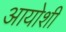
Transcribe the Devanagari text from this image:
आयोशी